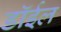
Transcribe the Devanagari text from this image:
डॉईल